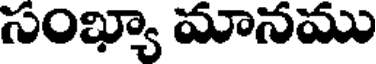
సంఖ్యా మానము